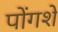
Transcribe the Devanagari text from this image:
पोंगशे